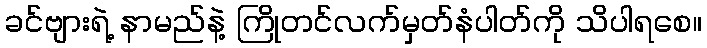
ခင်ဗျားရဲ့ နာမည်နဲ့ ကြိုတင်လက်မှတ်နံပါတ်ကို သိပါရစေ။